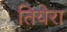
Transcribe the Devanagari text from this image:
तियेरा